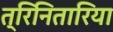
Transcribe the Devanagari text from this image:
त्रिनितारिया